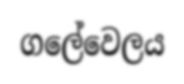
ගලේවෙලය